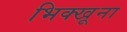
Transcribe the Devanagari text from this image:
भिक्खूना